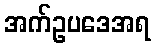
အက်ဥပဒေအရ